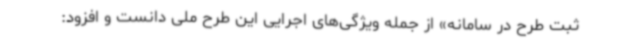
ثبت طرح در سامانه» از جمله ویژگی‌های اجرایی این طرح ملی دانست و افزود: